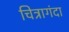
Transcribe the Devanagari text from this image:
चित्रागंदा